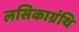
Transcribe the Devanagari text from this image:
लसिकाग्रंथि